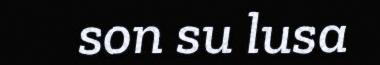
son su lusa